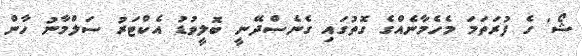
ޝޯ' ގެ ފުރަތަމަ މެހެމާނެއްގެ ގޮތުގައި ގެނެސްދޭނީ ބޮލީވުޑު އެކްޓަރު ސަލްމާނު ހާން